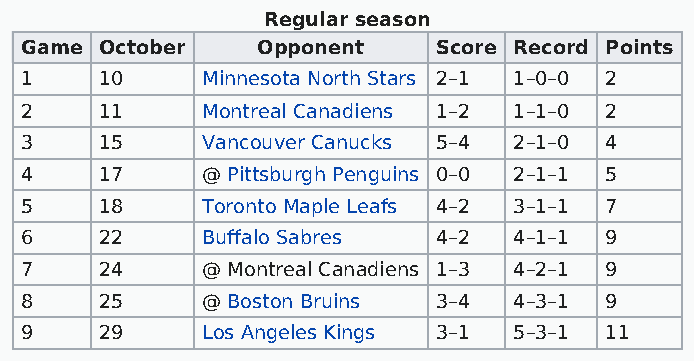
Regular season
 Game  October   Opponent    Score Record Points
 1     10    Minnesota North Stars 2–1 1–0–0 2
 2     11    Montreal Canadiens 1–2 1–1–0 2
 3     15    Vancouver Canucks 5–4 2–1–0 4
 4     17    @ Pittsburgh Penguins 0–0 2–1–1 5
 5     18    Toronto Maple Leafs 4–2 3–1–1 7
 6     22    Buffalo Sabres  4–2  4–1–1 9
 7     24    @ Montreal Canadiens 1–3 4–2–1 9
 8     25    @ Boston Bruins 3–4  4–3–1 9
 9     29    Los Angeles Kings 3–1 5–3–1 11